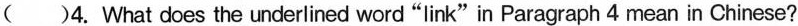
A.权利 B.典范 C.素材 D.纽带